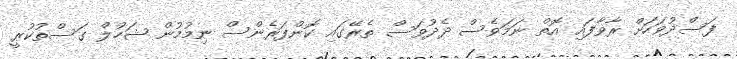
ފަސްދުވަހަށް ރާވާފައި އޮތް ނަމަވެސް ދެދުވަސް ތެރޭގައި ކޮންފަރެންސް ނިމުމުން ޝަހުލް ގަސްތުކުރީ